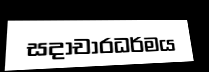
සදාචාරධර්මය